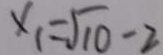
x _ { 1 } = \sqrt { 1 0 } - 2